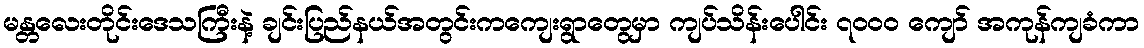
မန္တလေးတိုင်းဒေသကြီးနဲ့ ချင်းပြည်နယ်အတွင်းကကျေးရွာတွေမှာ ကျပ်သိန်းပေါင်း ၇၀၀၀ ကျော် အကုန်ကျခံကာ